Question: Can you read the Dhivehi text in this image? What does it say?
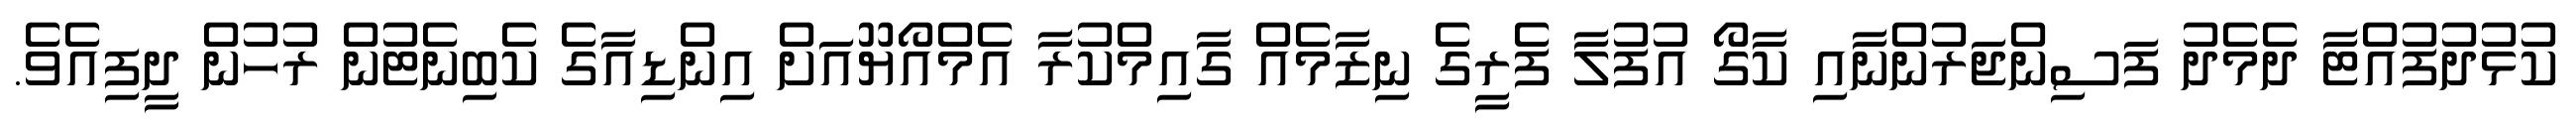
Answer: ކުޅުދުފުއްޓާ ދެމެދު ފަސިންޖަރުންނާއި ކާގޯ އުފުލާ ފެރީގެ ނިޒާމެއް ގާއިމްކުރާ އެމްއޯޔޫއަށް އިންޑިއާގެ ކެބިނެޓުން ރުހުން ދީފިއެވެ.